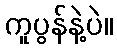
ကူပွန်နဲ့ပဲ။